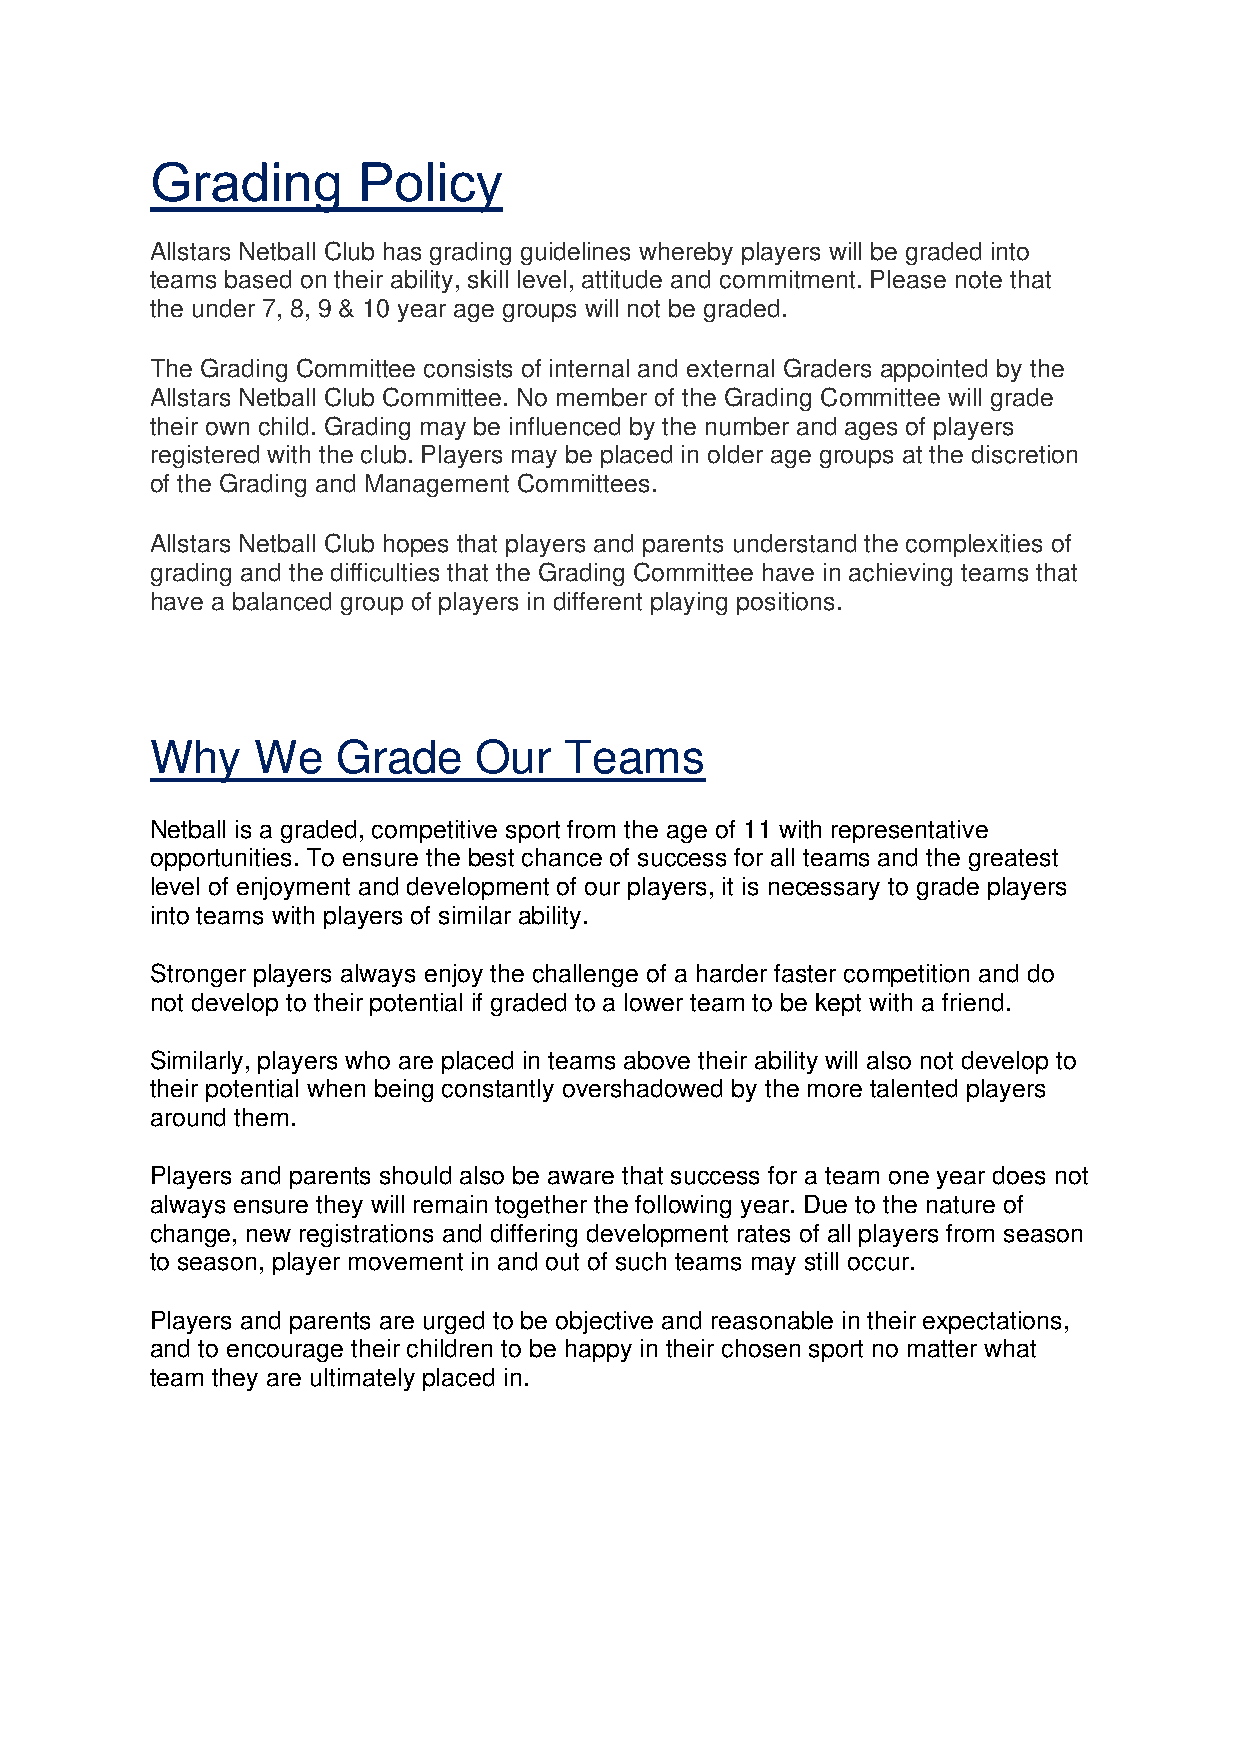
Grading       Policy
 Allstars Netball Club has grading guidelines whereby players will be graded into
 teams based on their ability, skill level, attitude and commitment. Please note that
 the under 7, 8, 9 & 10 year age groups will not be graded.
 The Grading Committee consists of internal and external Graders appointed by the
 Allstars Netball Club Committee. No member of the Grading Committee will grade
 their own child. Grading may be influenced by the number and ages of players
 registered with the club. Players may be placed in older age groups at the discretion
 of the Grading and Management Committees.
 Allstars Netball Club hopes that players and parents understand the complexities of
 grading and the difficulties that the Grading Committee have in achieving teams that
 have a balanced group of players in different playing positions.
 Why    We   Grade    Our   Teams
 Netball is a graded, competitive sport from the age of 11 with representative
 opportunities. To ensure the best chance of success for all teams and the greatest
 level of enjoyment and development of our players, it is necessary to grade players
 into teams with players of similar ability.
 Stronger players always enjoy the challenge of a harder faster competition and do
 not develop to their potential if graded to a lower team to be kept with a friend.
 Similarly, players who are placed in teams above their ability will also not develop to
 their potential when being constantly overshadowed by the more talented players
 around them.
 Players and parents should also be aware that success for a team one year does not
 always ensure they will remain together the following year. Due to the nature of
 change, new registrations and differing development rates of all players from season
 to season, player movement in and out of such teams may still occur.
 Players and parents are urged to be objective and reasonable in their expectations,
 and to encourage their children to be happy in their chosen sport no matter what
 team they are ultimately placed in.